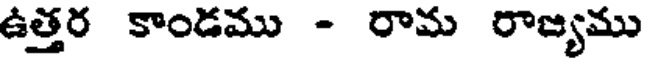
ఉత్తర కాండము - రామ రాజ్యము